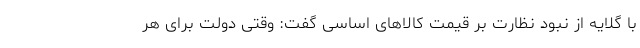
با گلایه از نبود نظارت بر قیمت کالاهای اساسی گفت: وقتی دولت برای هر